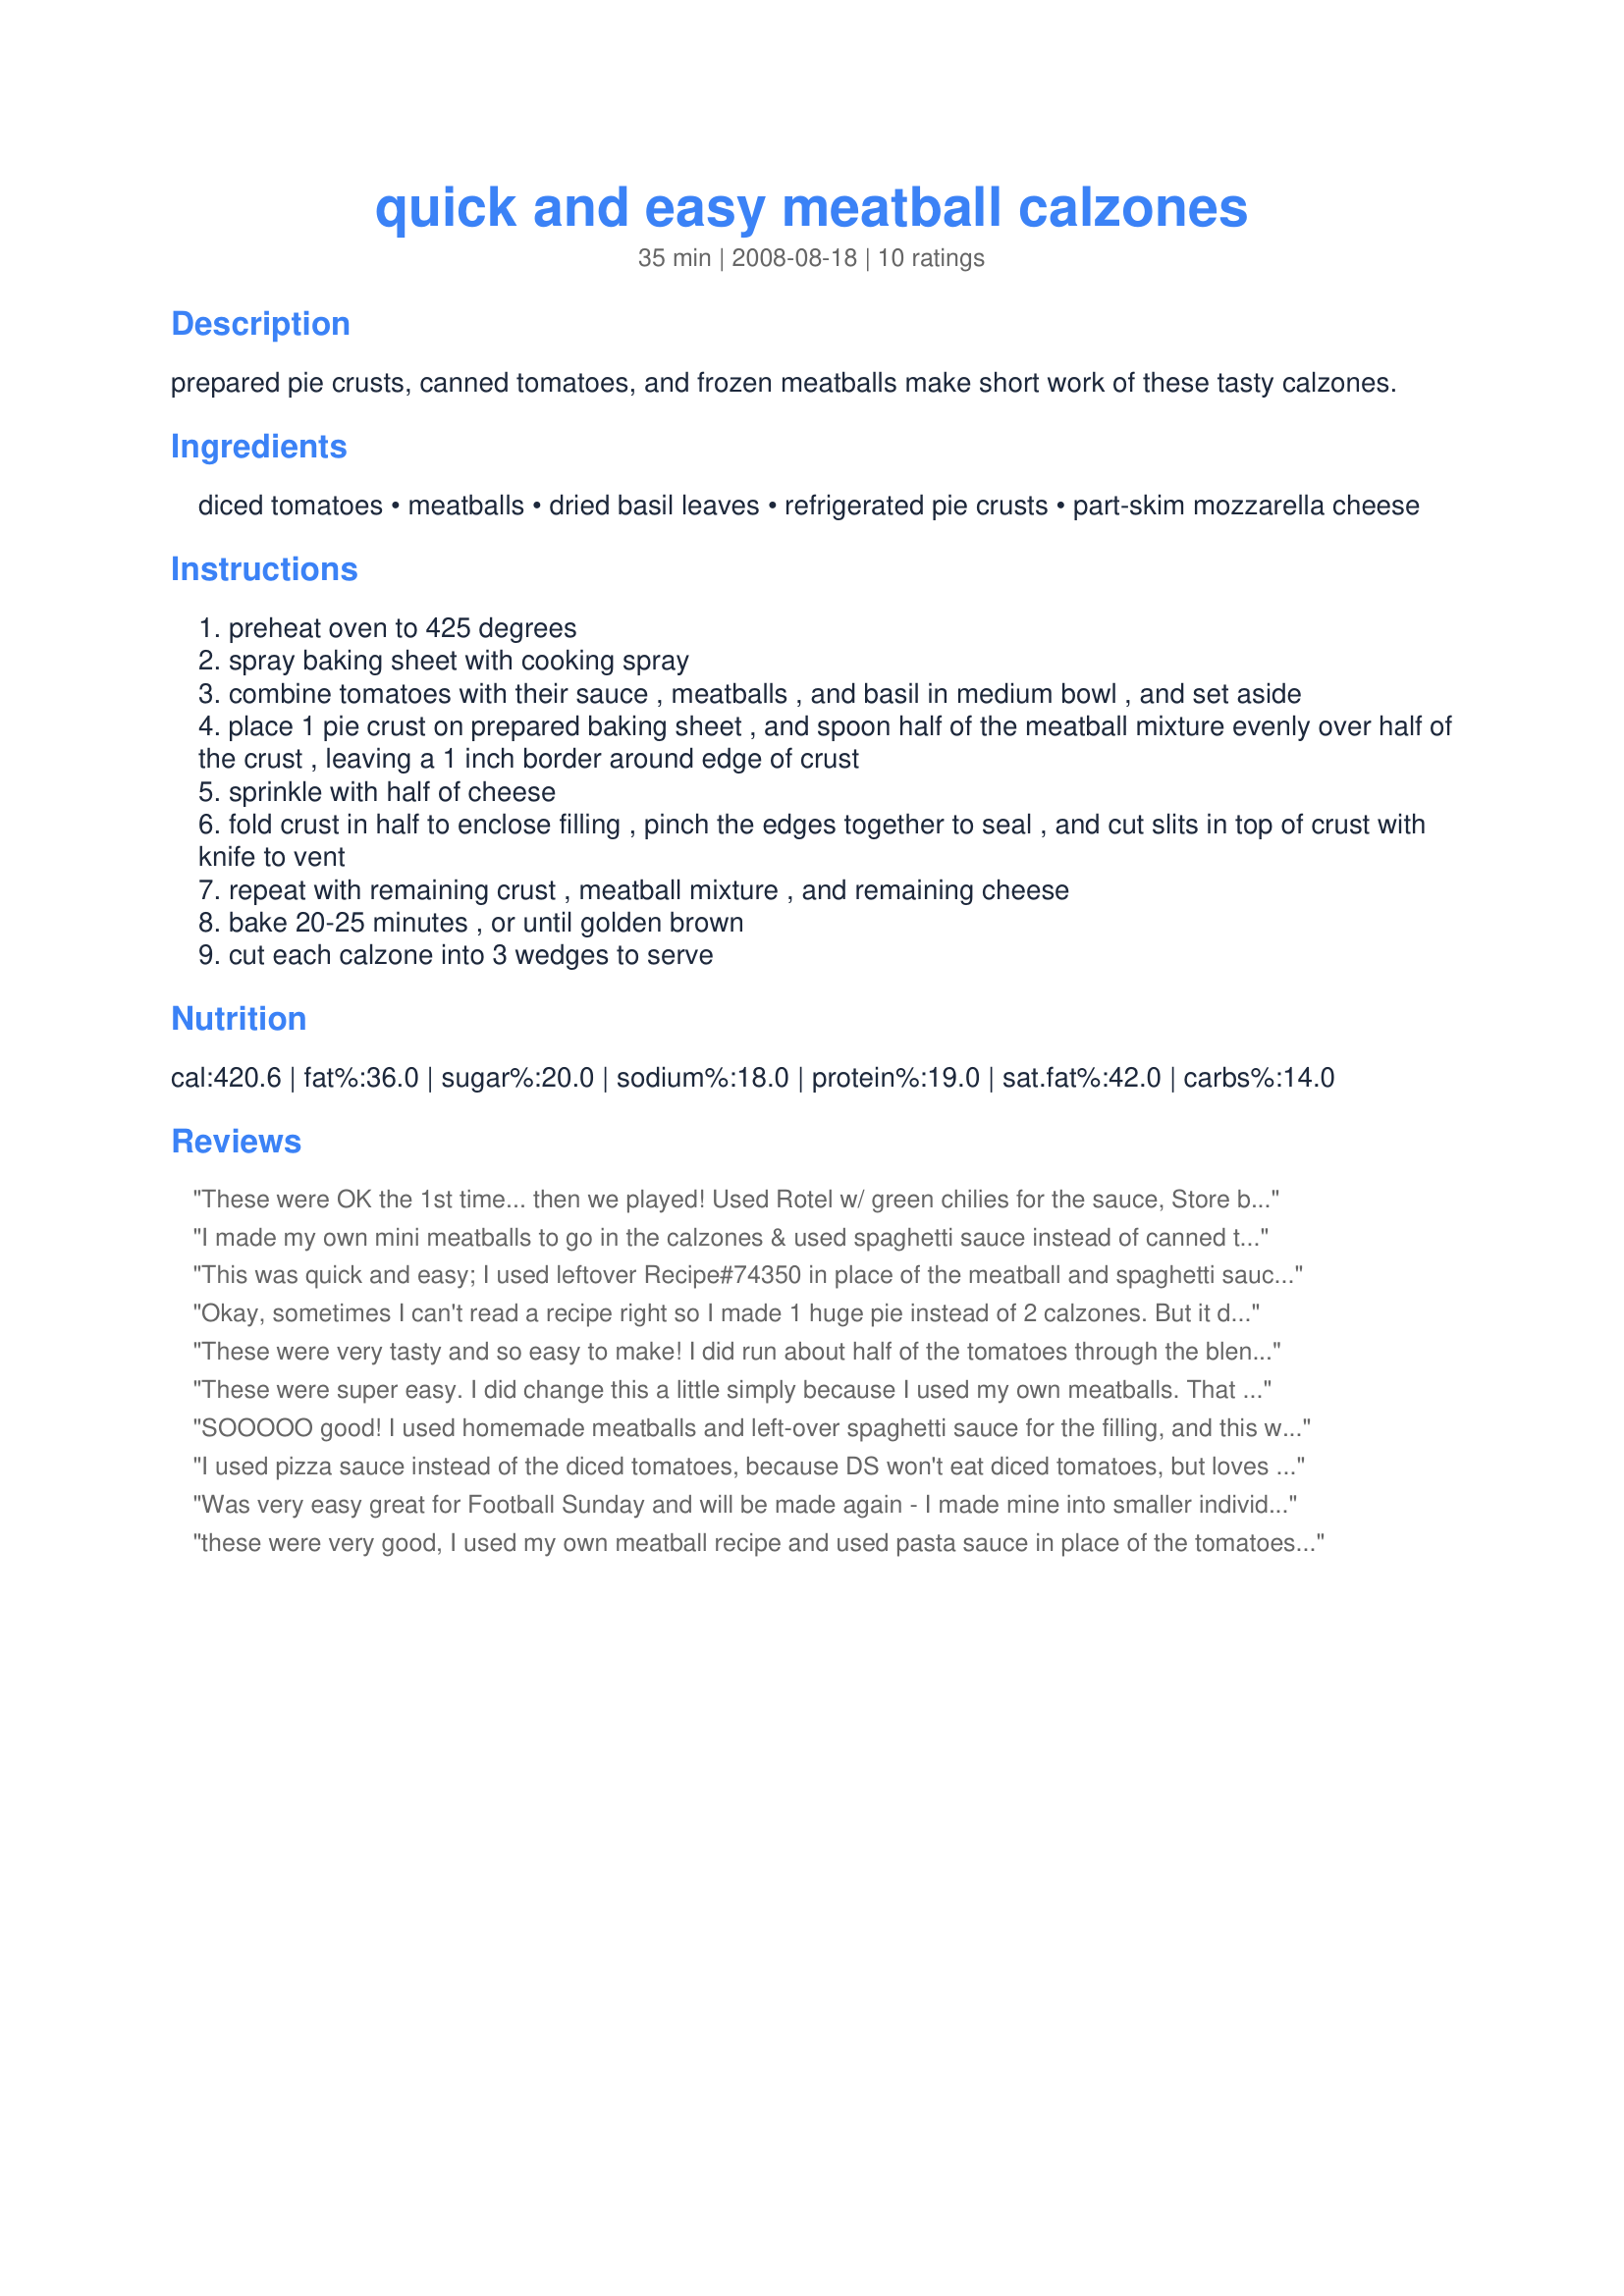
quick and easy meatball calzones
Preparation time: 35 minutes

prepared pie crusts, canned tomatoes, and frozen meatballs make short work of these tasty calzones.

Ingredients:
diced tomatoes, meatballs, dried basil leaves, refrigerated pie crusts, part-skim mozzarella cheese

Steps:
preheat oven to 425 degrees
spray baking sheet with cooking spray
combine tomatoes with their sauce , meatballs , and basil in medium bowl , and set aside
place 1 pie crust on prepared baking sheet , and spoon half of the meatball mixture evenly over half of the crust , leaving a 1 inch border around edge of crust
sprinkle with half of cheese
fold crust in half to enclose filling , pinch the edges together to seal , and cut slits in top of crust with knife to vent
repeat with remaining crust , meatball mixture , and remaining cheese
bake 20-25 minutes , or until golden brown
cut each calzone into 3 wedges to serve

Reviews:
These were OK the 1st time... then we played!

Used Rotel w/ green chilies for the sauce,
Store bought meatballs from Sam's club ( normally don't do that ).

Then we used Recipe #233811 for the cheese.
Then added some pickled hot peppers.

You talk about eating good!!!

3 star as posted, 4 star with changes we made.
I made my own mini meatballs to go in the calzones & used spaghetti sauce instead of canned tomatoes. Very easy to make & everyone ate them without any complaints. (That is a rare thing in my house.)
This was quick and easy; I used leftover Recipe#74350 in place of the meatball and spaghetti sauce instead of canned tomatoes. My DH says he would prefer the refrigerated pizza dough over the pie crusts, but I thought it gave it an interesting flavor. I put pepperoni in the smaller kids and they enjoyed them!
Okay, sometimes I can't read a recipe right so I made 1 huge pie instead of 2 calzones. But it didn't really matter because my kids thought this was wonderful. I used some leftover spaghetti sauce and fresh basil. Quick and easy. Made for Recipe Tag.
These were very tasty and so easy to make! I did run about half of the tomatoes through the blender since DH doesn't like the "chunks" and there were still too make for him. Next time I will use a pizza or pasta sauce. I loved the pie crust for these, I liked how it got crispy/flaky. Made for Zaar Stars.
These were super easy. I did change this a little simply because I used my own meatballs. That is what attracted me to the recipe, left over meatballs and sauce. Never thought of using pie crust for a calzone. Turned out good and was simple sincer there was no rolling out.
SOOOOO good! I used homemade meatballs and left-over spaghetti sauce for the filling, and this was delicious! I WILL MAKE THIS AGAIN! Made for PRMR Tag Game. I wish I had made more!
I used pizza sauce instead of the diced tomatoes, because DS won't eat diced tomatoes, but loves calzones! I also made a mistake and doubled the amount of cheese, but it didn't hurt the recipe. I used some of my frozen homemade meatballs, and quartered them as stated in the recipe. I made it with pie crust brushed with melted garlic butter. Next time I will follow another reviewer's idea of using refrigerated pizza crust for quickness instead of the pie crust. The pie crust was a little flaky and not really strong enought to hold the ingredients...or maybe it was my extra cheese? It made me think of a pizza pot pie! Regardless, this recipe is delicious, quick, and easy! This is a keeper! Thanks, weekendcooker, for a fabulous idea! Made for Everyday is a Holiday tag.
Was very easy great for Football Sunday and will be made again - I made mine into smaller individual pies and it becomes great finger food
these were very good, I used my own meatball recipe and used pasta sauce in place of the tomatoes, thanks for sharing WeekendC!
